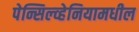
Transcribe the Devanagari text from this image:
पेन्सिल्व्हेनियामधील